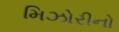
મિઝોરીનો